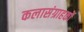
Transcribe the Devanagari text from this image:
कलासंग्राहकों